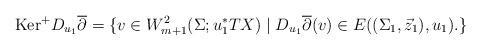
LaTeX: \begin{align*}{\rm Ker}^+ D_{u_1}\overline{\partial}=\{v \in W^2_{m+1}(\Sigma;u_1^*TX)\mid D_{u_1}\overline{\partial}(v)\in E((\Sigma_1,\vec z_1),u_1).\}\end{align*}